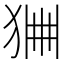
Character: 𤞹